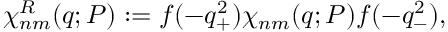
\chi _ { n m } ^ { R } ( q ; P ) : = f ( - q _ { + } ^ { 2 } ) \chi _ { n m } ( q ; P ) f ( - q _ { - } ^ { 2 } ) ,